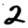
Digit: 2